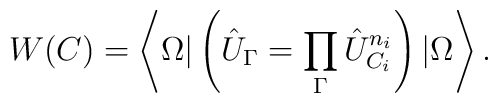
W(C)=\left\langle\Omega|\left(\hat{U}_{\Gamma}=\prod_{\Gamma}\hat{U}^{n_i}_{C_i}\right)|\Omega\right\rangle .